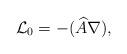
LaTeX: \begin{align*} \mathcal{L}_0 = - ( \widehat{A} \nabla ),\end{align*}